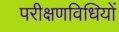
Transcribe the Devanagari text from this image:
परीक्षणविधियों